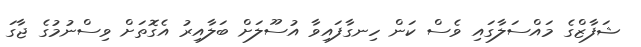
ޝަފާޒްގެ މައްސަލާގައި ވެސް ކަން ހިނގާފައިވާ އުސޫލަށް ބަލާއިރު އެގޮތަށް ވިސްނުމުގެ ޖާގަ